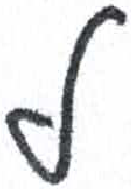
אות: ל